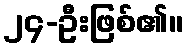
၂၄-ဦးဖြစ်၏။